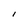
Character: l